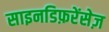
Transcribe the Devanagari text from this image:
साइनडिफ़रेंसेज़